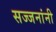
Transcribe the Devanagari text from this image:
सज्जनांनी